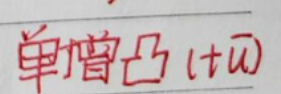
单 增 凸\( ( t \overline{u} )\)